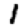
Digit: 1